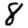
Digit: 8